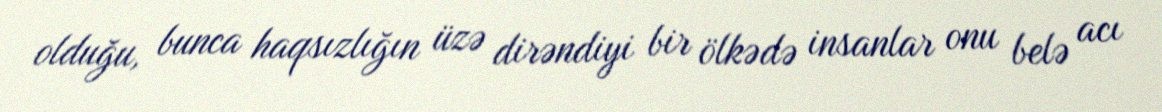
olduğu, bunca haqsızlığın üzə dirəndiyi bir ölkədə insanlar onu belə acı